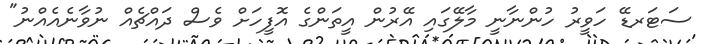
ސަޓަރޑޭ ހަވީރު ހުންނާނީ މާލޭގައި އޭރުން އީތަންގެ އޮފީހަށް ވެސް ދައްޗެއް ނުވާނެއެއްނު"